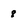
Character: 8